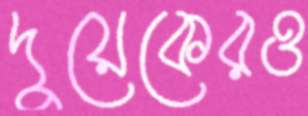
দুয়েকেরও